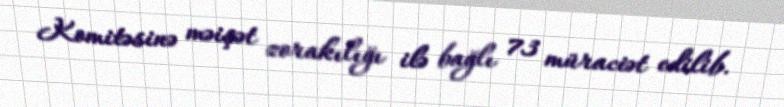
Komitəsinə məişət zorakılığı ilə bağlı 73 müraciət edilib.